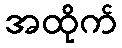
အထိုက်